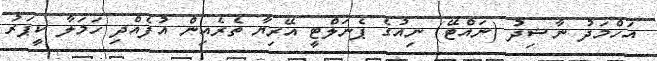
އަހްމަދު ނާޝިދު (ނައްޓޭ) ނިއުގެ ޕެނަލްޓީ އޭރިޔާ ތެރެއިން އުފެއްދި ހަމަލާ ކީޕަރު